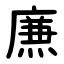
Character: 㢘